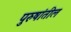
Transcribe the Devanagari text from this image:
पुरुषांतील